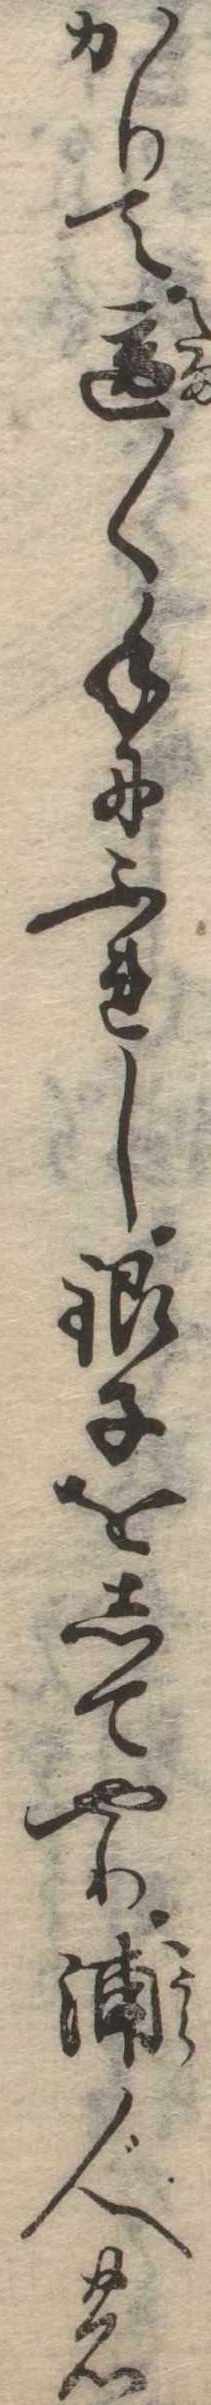
かりて適〱手にふれし銀子をしてやり浦人の